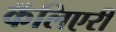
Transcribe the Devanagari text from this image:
कॅलिएरी